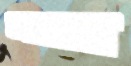
আলাম